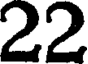
22